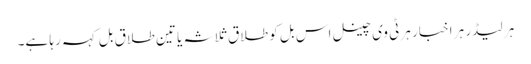
ہر لیڈر ہر اخبار ہر ٹی وی چینل اس بل کو طلاق ثلاثہ یا تین طلاق بل کہہ رہا ہے۔